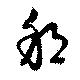
邦